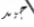
جيد